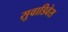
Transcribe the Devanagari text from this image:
सुवाडिवेस